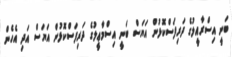
ބަނީ އިސްރާއީލުގެ ދަރިފަސްކޮޅުން އަޔަސް ބަނީ އިސްމާޢީލުގެ ދަރިފަސްކޮޅުން އަޔަސް އަދި އެހެން